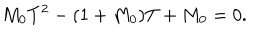
M _ { 0 } T ^ { 2 } - ( 1 + M _ { 0 } ) T + M _ { 0 } = 0 .